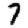
Digit: 7